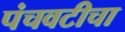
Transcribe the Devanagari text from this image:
पंचवटीचा